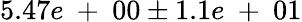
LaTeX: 5.47e\mathrm{~+~}00\pm 1.1e\mathrm{~+~}01